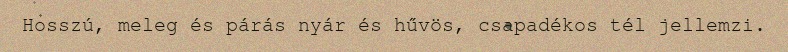
Hosszú, meleg és párás nyár és hűvös, csapadékos tél jellemzi.